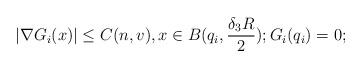
LaTeX: \begin{align*}|\nabla G_i(x)|\leq C(n, v), x\in B(q_i, \frac{\delta_3R}{2}); G_i(q_i) = 0;\end{align*}